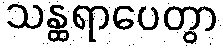
သန္ထရာပေတွာ